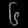
Digit: ၆